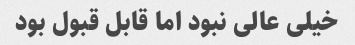
خیلی عالی نبود اما قابل قبول بود